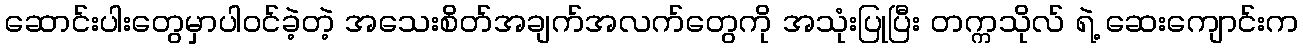
ဆောင်းပါးတွေမှာပါဝင်ခဲ့တဲ့ အသေးစိတ်အချက်အလက်တွေကို အသုံးပြုပြီး တက္ကသိုလ် ရဲ့ ဆေးကျောင်းက